Tezpur Lunatic Asylum reports 1895-1904 - 1895-1904
Year: 1895
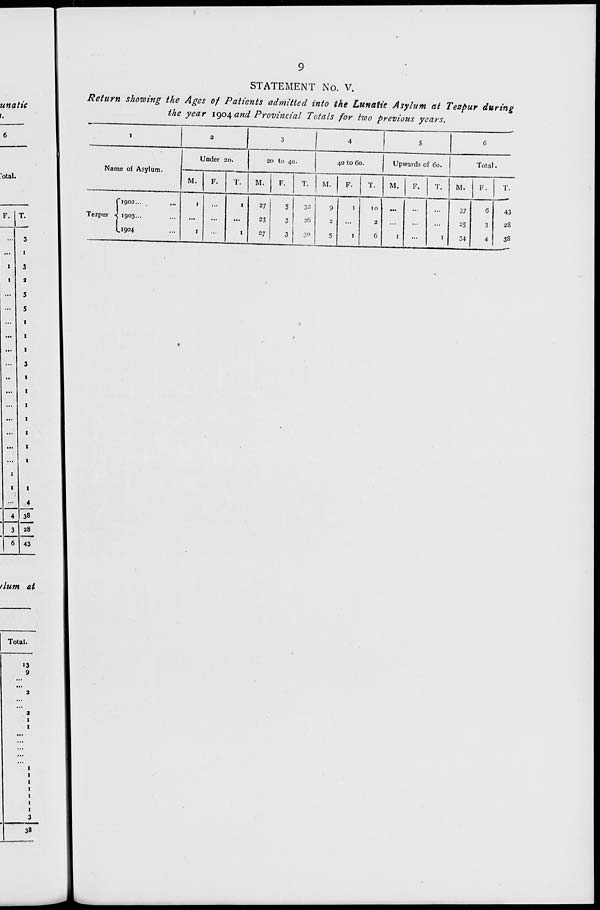
9
unatic
."otal.
F. T.
3
i
3
7
5
5
i
i
i
3
1
1
...
4
4 38
3 1 28
6 1 43
STATEMENT No. V.
Return showing the Ages of Patients admitted into the Lunatic Asylum ai Tezpur during
the year 1904 and Provincial Totals for two previous years.
I
2
3
4
5
6
Name of Asylum.
Under 20.
20 to 40.
40 to 60.
Upwards of 60.
Total.
M.
F.
T.
M.
F.
T.
M.
F.
T.
M.
F.
T.
M.
F.
T.
fl902...
Tezpur <( 1903...
L1904
1
1
...
1
I
27
23
27
5
3
3
32
2G
30
9
2
5
1
1
10
2
6
1
1
37
25
34
6
3
4
43
28
3S
dum at
Total.
13
9
38